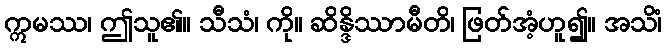
ဣမဿ၊ ဤသူ၏။ သီသံ၊ ကို။ ဆိန္ဒိဿာမီတိ၊ ဖြတ်အံ့ဟူ၍။ အသိံ၊